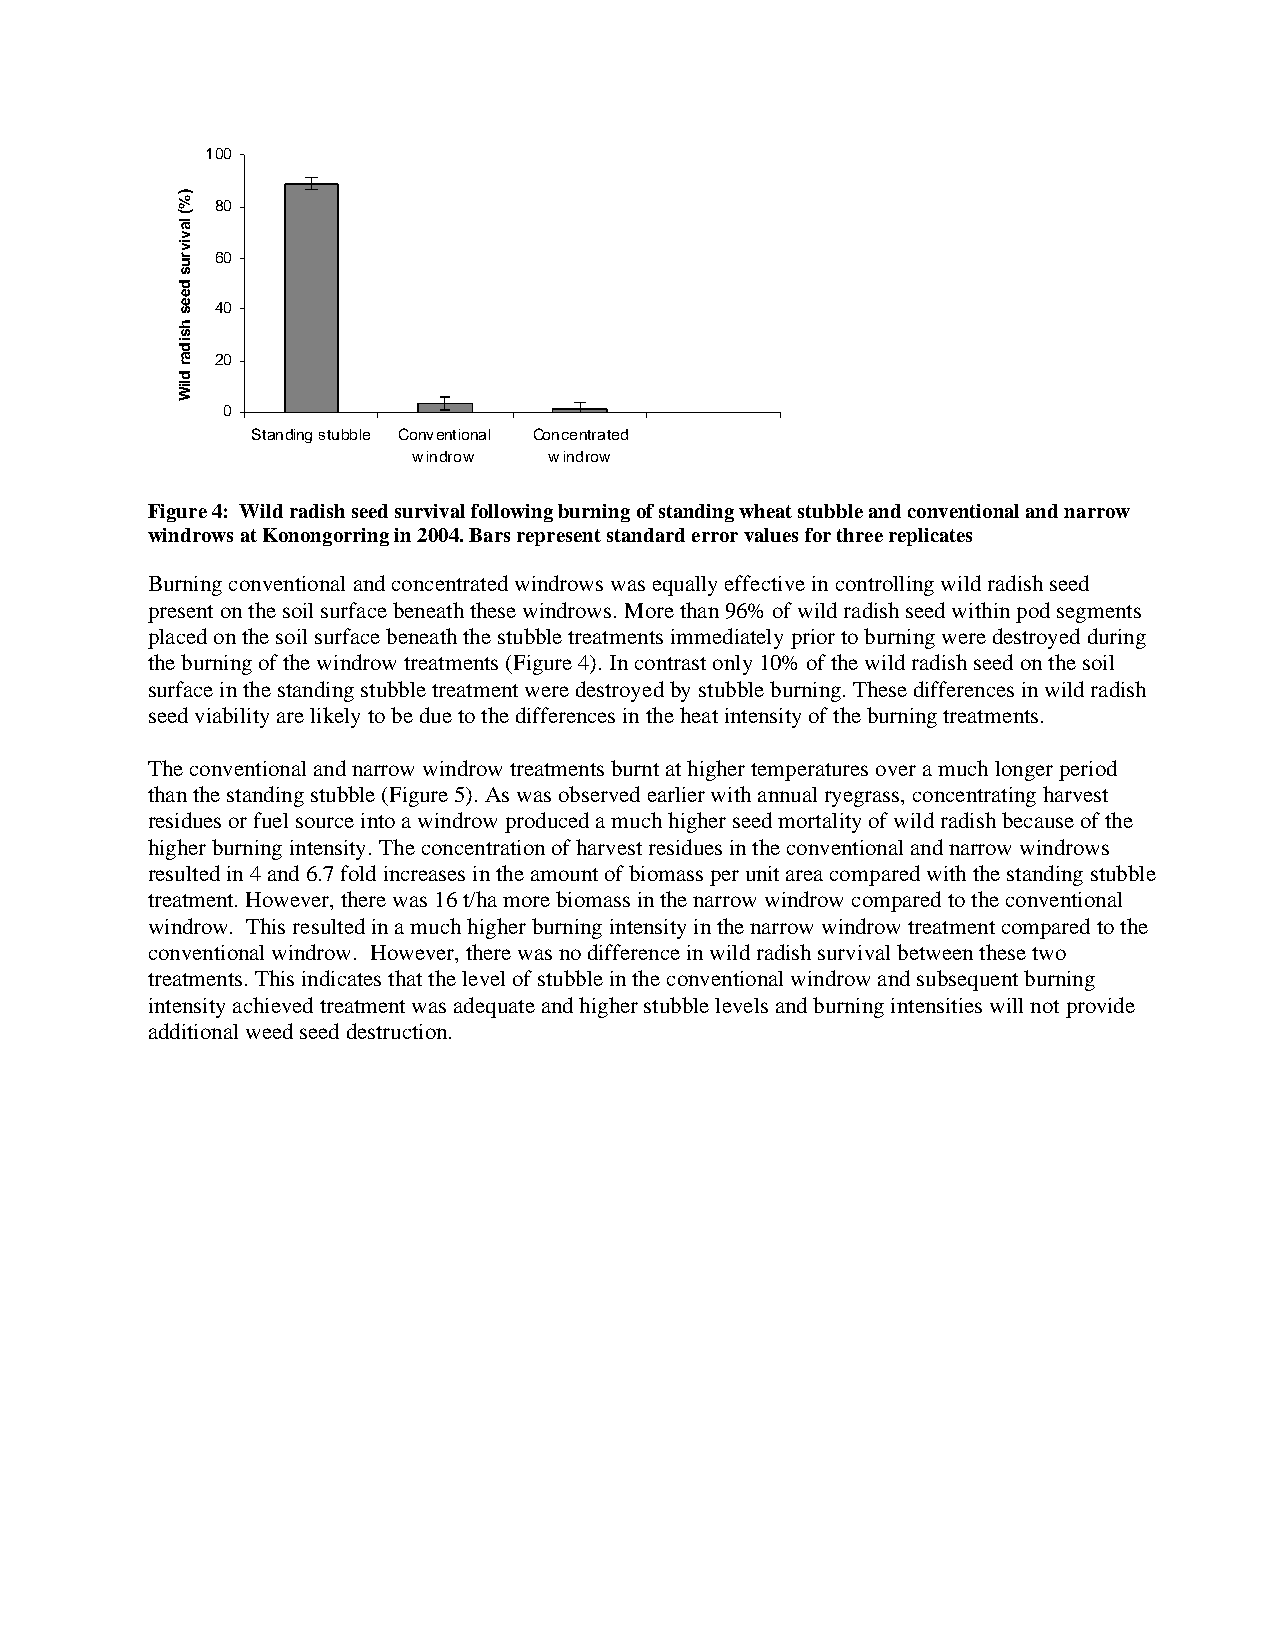
100
 80
 60
 40
 20
 0
 Standing stubble Conventional Concentrated
 windrow  windrow
 Figure 4: Wild radish seed survival following burning of standing wheat stubble and conventional and narrow
 windrows at Konongorring in 2004. Bars represent standard error values for three replicates
 Burning conventional and concentrated windrows was equally effective in controlling wild radish seed
 present on the soil surface beneath these windrows. More than 96% of wild radish seed within pod segments
 placed on the soil surface beneath the stubble treatments immediately prior to burning were destroyed during
 the burning of the windrow treatments (Figure 4). In contrast only 10% of the wild radish seed on the soil
 surface in the standing stubble treatment were destroyed by stubble burning. These differences in wild radish
 seed viability are likely to be due to the differences in the heat intensity of the burning treatments.
 The conventional and narrow windrow treatments burnt at higher temperatures over a much longer period
 than the standing stubble (Figure 5). As was observed earlier with annual ryegrass, concentrating harvest
 residues or fuel source into a windrow produced a much higher seed mortality of wild radish because of the
 higher burning intensity. The concentration of harvest residues in the conventional and narrow windrows
 resulted in 4 and 6.7 fold increases in the amount of biomass per unit area compared with the standing stubble
 treatment. However, there was 16 t/ha more biomass in the narrow windrow compared to the conventional
 windrow. This resulted in a much higher burning intensity in the narrow windrow treatment compared to the
 conventional windrow. However, there was no difference in wild radish survival between these two
 treatments. This indicates that the level of stubble in the conventional windrow and subsequent burning
 intensity achieved treatment was adequate and higher stubble levels and burning intensities will not provide
 additional weed seed destruction.
 )%(
 lavivrus
 dees
 hsidar
 dliW